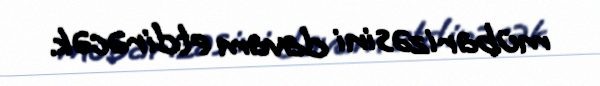
mübarizəsini davam etdirəcək.